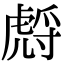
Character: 𧇛